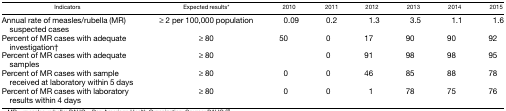
| Indicators | Expected results* | 2010 | 2011 | 2012 | 2013 | 2014 | 2015 |
 | --- | --- | --- | --- | --- | --- | --- | --- |
 | Annual rate of measles/rubella (MR) suspected cases | ≥ 2 per 100,000 population | 0.09 | 0.2 | 1.3 | 3.5 | 1.1 | 1.6 |
 | Percent of MR cases with adequate investigation† | ≥ 80 | 50 | 0 | 17 | 90 | 90 | 92 |
 | Percent of MR cases with adequate samples | ≥ 80 |  | 0 | 91 | 98 | 98 | 95 |
 | Percent of MR cases with sample received at laboratory within 5 days | ≥ 80 | 0 | 0 | 46 | 85 | 88 | 78 |
 | Percent of MR cases with laboratory results within 4 days | ≥ 80 | 0 | 0 | 1 | 78 | 75 | 76 |